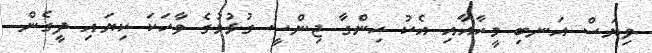
ވިޔަސް އަނބި މީހާއާއި އެކު ހިންގާ ޖިންސީ ގުޅުމުގެ ވާހަކަ ކިޔައި ދީގެން